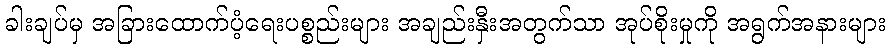
ခါးချပ်မှ အခြားထောက်ပံ့ရေးပစ္စည်းများ အချည်းနှီးအတွက်သာ အုပ်စိုးမှုကို အရွက်အနားများ